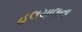
હલચાલના